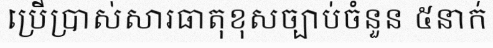
ប្រើប្រាស់សារធាតុខុសច្បាប់ចំនួន ៥នាក់